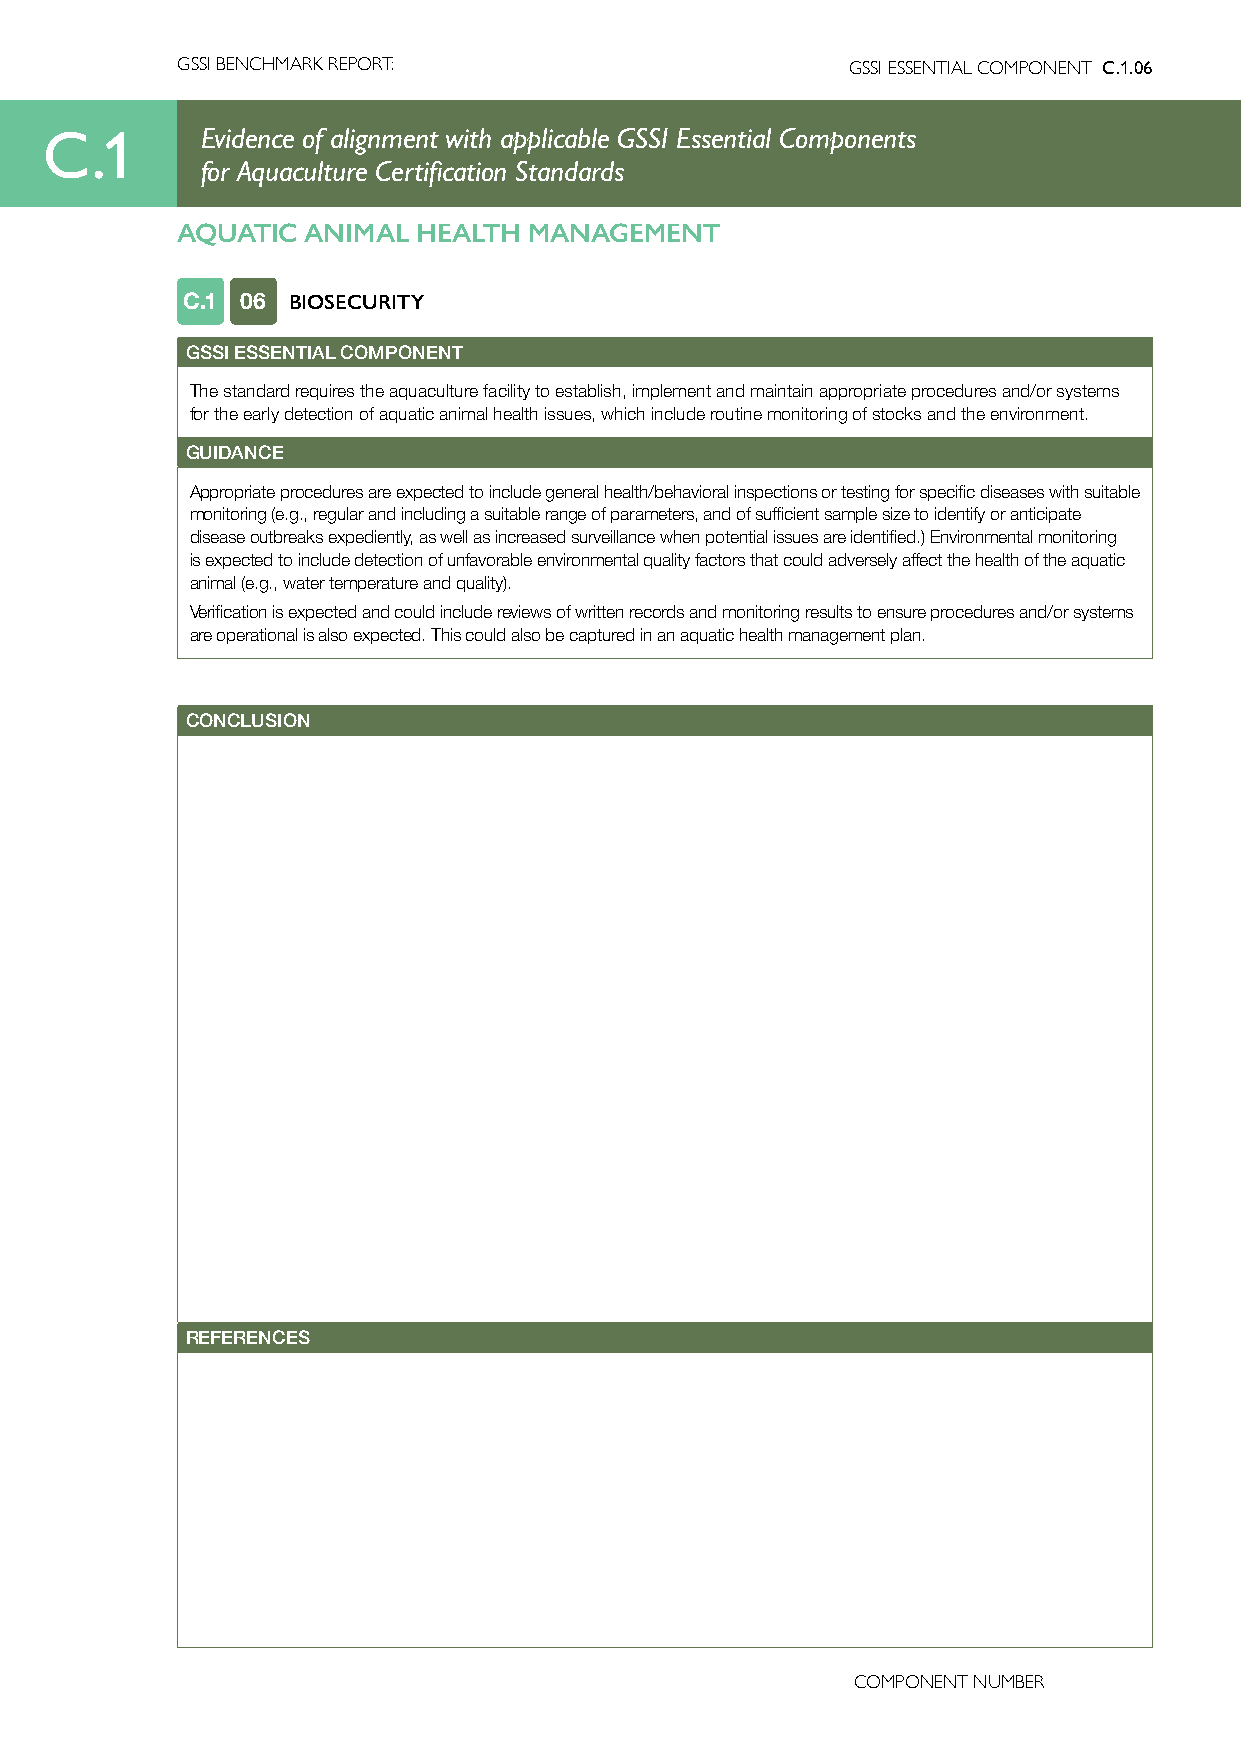
GSSI BENCHMARK REPORT:                      GSSI ESSENTIAL COMPONENT C.1.06
 C.1       Evidence of alignment with applicable GSSI Essential Components
 for Aquaculture Certification Standards
 AQUATIC ANIMAL  HEALTH MANAGEMENT
 C.1 06 BIOSECURITY
 GSSI ESSENTIAL COMPONENT
 The standard requires the aquaculture facility to establish, implement and maintain appropriate procedures and/or systems
 for the early detection of aquatic animal health issues, which include routine monitoring of stocks and the environment.
 GUIDANCE
 Appropriate procedures are expected to include general health/behavioral inspections or testing for specific diseases with suitable
 monitoring (e.g., regular and including a suitable range of parameters, and of sufficient sample size to identify or anticipate
 disease outbreaks expediently, as well as increased surveillance when potential issues are identified.) Environmental monitoring
 is expected to include detection of unfavorable environmental quality factors that could adversely affect the health of the aquatic
 animal (e.g., water temperature and quality).
 Verification is expected and could include reviews of written records and monitoring results to ensure procedures and/or systems
 are operational is also expected. This could also be captured in an aquatic health management plan.
 CONCLUSION
 REFERENCES
 COMPONENT NUMBER